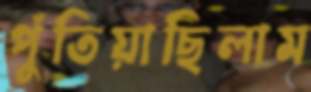
পুঁতিয়াছিলাম